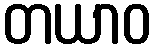
တယာဝ